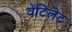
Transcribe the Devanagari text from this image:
वेंटिलेट